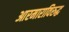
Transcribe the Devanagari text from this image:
आरमाराविरुद्ध